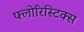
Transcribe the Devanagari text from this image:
फ्लोरिस्टिक्स